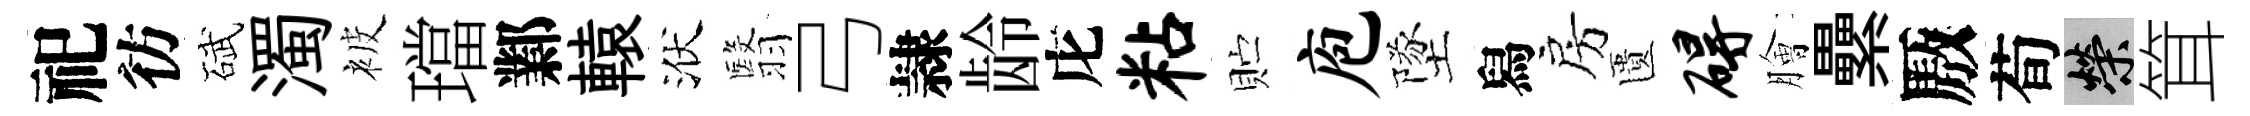
祀彷碔濁被璫鄴轅洑翳弓隷龄庀粘贮庖墜舄房匱碍膾纍厫荀榮䇯